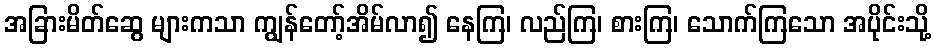
အခြားမိတ်ဆွေ များကသာ ကျွန်တော့်အိမ်လာ၍ နေကြ၊ လည်ကြ၊ စားကြ၊ သောက်ကြသော အပိုင်းသို့